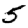
Digit: 5